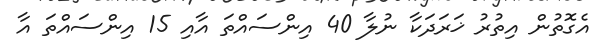
އެގޮތުން އިތުރު ޚަރަދަކާ ނުލާ 40 އިންސައްތަ އާއި 15 އިންސައްތަ އާ